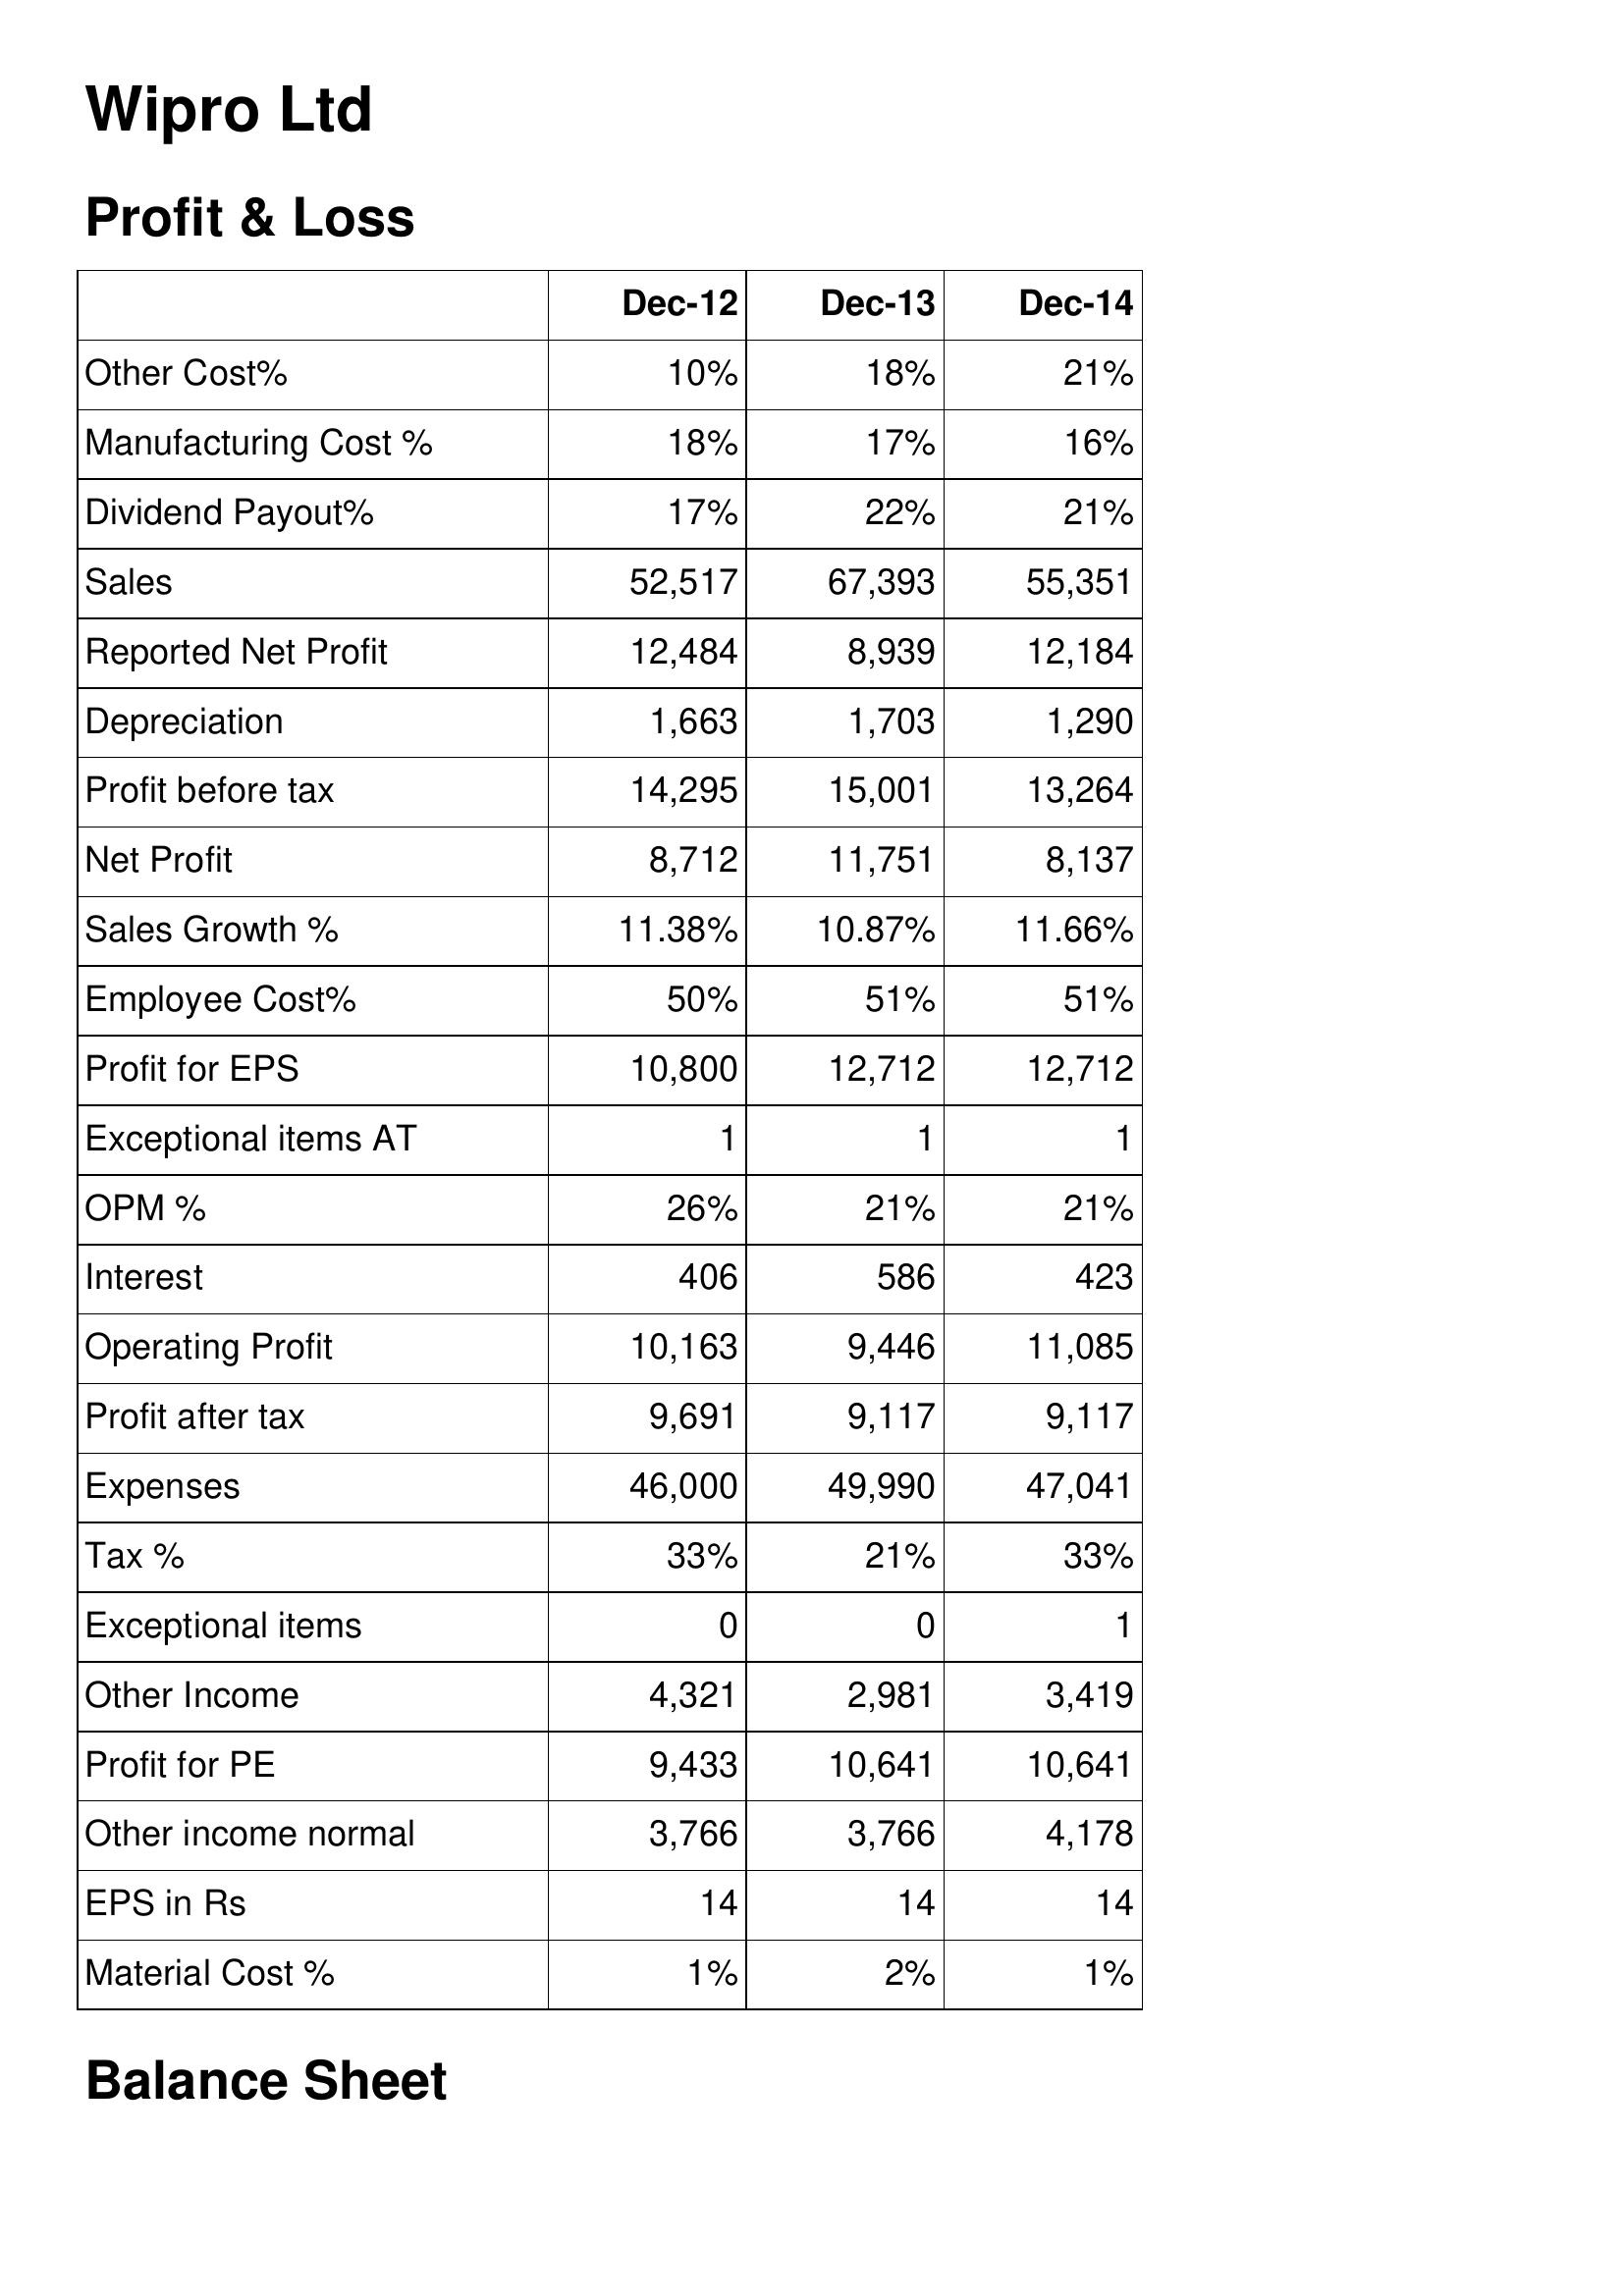
Dec-12: Profit & Loss: Other Cost%: 10%
Manufacturing Cost %: 18%
Dividend Payout%: 17%
Sales: 52,517
Reported Net Profit: 12,484
Depreciation: 1,663
Profit before tax: 14,295
Net Profit: 8,712
Sales Growth %: 11.38%
Employee Cost%: 50%
Profit for EPS: 10,800
Exceptional items AT: 1
OPM %: 26%
Interest: 406
Operating Profit: 10,163
Profit after tax: 9,691
Expenses: 46,000
Tax %: 33%
Exceptional items: 0
Other Income: 4,321
Profit for PE: 9,433
Other income normal: 3,766
EPS in Rs: 14
Material Cost %: 1%
Dec-13: Profit & Loss: Other Cost%: 18%
Manufacturing Cost %: 17%
Dividend Payout%: 22%
Sales: 67,393
Reported Net Profit: 8,939
Depreciation: 1,703
Profit before tax: 15,001
Net Profit: 11,751
Sales Growth %: 10.87%
Employee Cost%: 51%
Profit for EPS: 12,712
Exceptional items AT: 1
OPM %: 21%
Interest: 586
Operating Profit: 9,446
Profit after tax: 9,117
Expenses: 49,990
Tax %: 21%
Exceptional items: 0
Other Income: 2,981
Profit for PE: 10,641
Other income normal: 3,766
EPS in Rs: 14
Material Cost %: 2%
Dec-14: Profit & Loss: Other Cost%: 21%
Manufacturing Cost %: 16%
Dividend Payout%: 21%
Sales: 55,351
Reported Net Profit: 12,184
Depreciation: 1,290
Profit before tax: 13,264
Net Profit: 8,137
Sales Growth %: 11.66%
Employee Cost%: 51%
Profit for EPS: 12,712
Exceptional items AT: 1
OPM %: 21%
Interest: 423
Operating Profit: 11,085
Profit after tax: 9,117
Expenses: 47,041
Tax %: 33%
Exceptional items: 1
Other Income: 3,419
Profit for PE: 10,641
Other income normal: 4,178
EPS in Rs: 14
Material Cost %: 1%